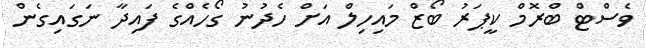
ވެސްޓް ބްރޮމް ކީޕަރު ބޯޒް މައިހިލް އަށް ހެދުނު ގޯހެއްގެ ފައިދާ ނަގައިގެން